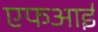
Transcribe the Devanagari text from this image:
एफआई